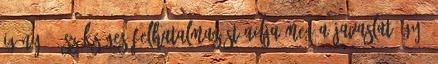
igény" - szükséges felhatalmazást adja meg a javaslat úgy,